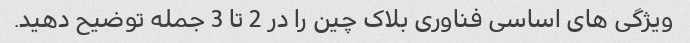
ویژگی های اساسی فناوری بلاک چین را در 2 تا 3 جمله توضیح دهید.